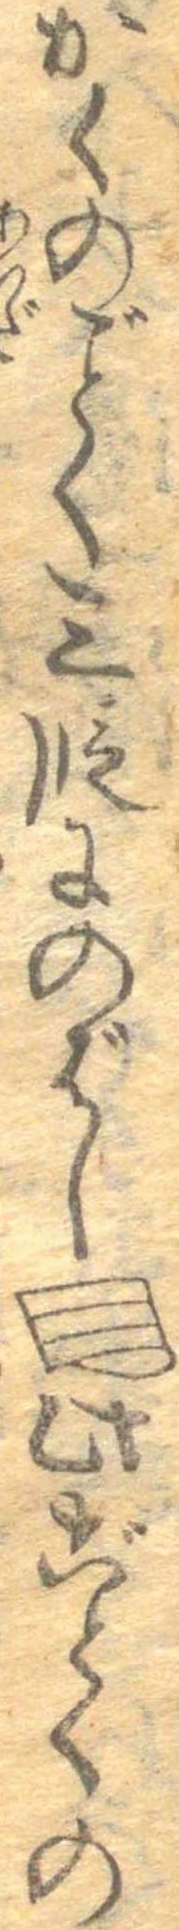
かくのごとく三段にのばし此ごとくの